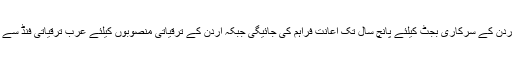
اعلان کیمطابق اُردن کے سرکاری بجٹ کیلئے پانچ سال تک اعانت فراہم کی جائیگی جبکہ اُردن کے ترقیاتی منصوبوں کیلئے عرب ترقیاتی فنڈ سے مدد کی جائیگی۔